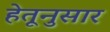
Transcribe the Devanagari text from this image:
हेतूनुसार